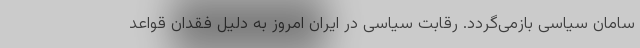
سامان سیاسی بازمی‌گردد. رقابت سیاسی در ایران امروز به دلیل فقدان قواعد